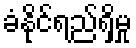
ခံနိုင်ရည်ရှိမှု